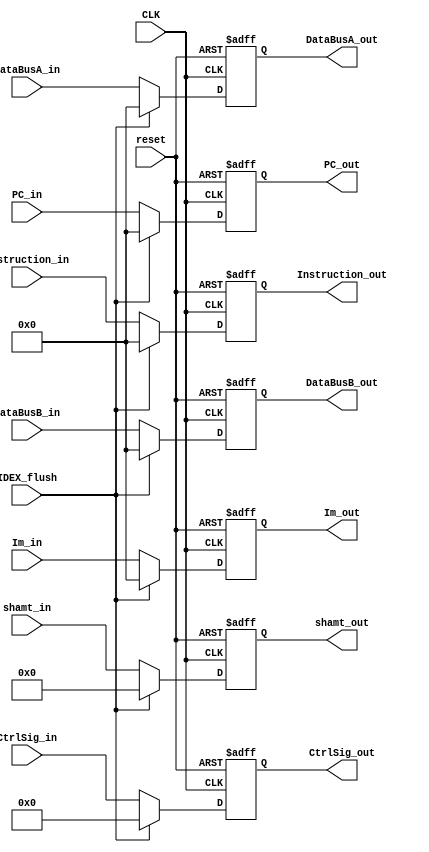
module IDEX(
	input CLK,
	input reset,
	input IDEX_flush,
	input [31:0] PC_in,
	input [31:0] Instruction_in,
	input [20:0] CtrlSig_in,
	input [31:0] DataBusA_in,
	input [31:0] DataBusB_in,
	input [31:0] Im_in,
	input [4:0] shamt_in, 
	
	output reg [31:0] PC_out,
	output reg [31:0] Instruction_out,
	output reg [20:0] CtrlSig_out,
	output reg [31:0] DataBusA_out,
	output reg [31:0] DataBusB_out,
	output reg [31:0] Im_out,
	output reg [4:0] shamt_out
	);
	always@(posedge CLK,negedge reset)
	begin
		if (~reset)
		begin
			PC_out			<= 32'b0; 
			Instruction_out	<= 32'b0; 
			CtrlSig_out		<= 21'b0;
			DataBusA_out	<= 32'b0; 
			DataBusB_out	<= 32'b0; 
			Im_out			<= 32'b0; 
			shamt_out		<= 5'b0;
		end
		else if (IDEX_flush)
		begin
			PC_out			<= 32'b0; 
			Instruction_out	<= 32'b0; 
			CtrlSig_out		<= 21'b0;
			DataBusA_out	<= 32'b0; 
			DataBusB_out	<= 32'b0; 
			Im_out			<= 32'b0; 
			shamt_out		<= 5'b0;
		end
		else
		begin
			PC_out			<= PC_in;
			Instruction_out	<= Instruction_in;
			CtrlSig_out		<= CtrlSig_in;
			DataBusA_out	<= DataBusA_in;
			DataBusB_out	<= DataBusB_in;
			Im_out			<= Im_in;
			shamt_out		<= shamt_in;
		end
	end
endmodule